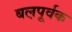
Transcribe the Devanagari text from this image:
बल़पूर्वक